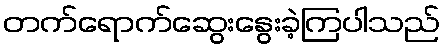
တက်ရောက်ဆွေးနွေးခဲ့ကြပါသည်